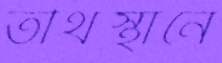
তীর্থস্থানে